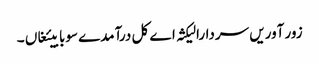
زور آوریں سردارا لیکثہ اے کل درآمدے سوبابیئغاں ۔